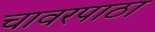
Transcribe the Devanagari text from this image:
चावरपाठा